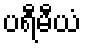
ပရီမီယံ